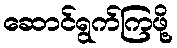
ဆောင်ရွက်ကြဖို့